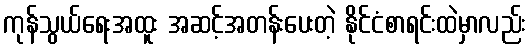
ကုန်သွယ်ရေးအထူး အဆင့်အတန်းပေးတဲ့ နိုင်ငံစာရင်းထဲမှာလည်း